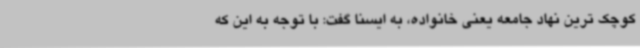
کوچک ترین نهاد جامعه یعنی خانواده، به ایسنا گفت: با توجه به این که